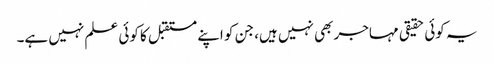
یہ کوئی حقیقی مہاجر بھی نہیں ہیں، جن کو اپنے مستقبل کا کوئی علم نہیں ہے۔